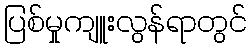
ပြစ်မှုကျူးလွန်ရာတွင်